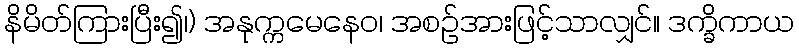
နိမိတ်ကြားပြီး၍၊) အနုက္ကမေနေဝ၊ အစဉ်အားဖြင့်သာလျှင်။ ဒက္ခိကာယ